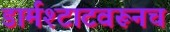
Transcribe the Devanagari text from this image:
डार्मश्टाटवरूनच